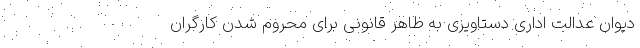
دیوان عدالت اداری دستاویزی به ظاهر قانونی برای محروم شدن کارگران